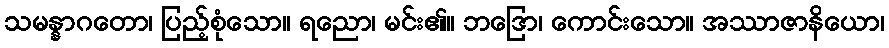
သမန္နာဂတော၊ ပြည့်စုံသော။ ရညော၊ မင်း၏။ ဘဒြော၊ ကောင်းသော။ အဿာဇာနိယော၊